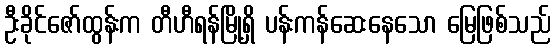
ဦးခိုင်ဇော်ထွန်းက တီဟီရန်မြို့ရှိ ပန်းကန်ဆေးနေသော မြေဖြစ်သည်